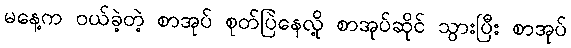
မနေ့က ဝယ်ခဲ့တဲ့ စာအုပ် စုတ်ပြဲနေလို့ စာအုပ်ဆိုင် သွားပြီး စာအုပ်